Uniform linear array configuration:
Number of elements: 8
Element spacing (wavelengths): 0.5
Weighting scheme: binomial
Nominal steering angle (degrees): -15
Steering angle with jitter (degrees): -14.786
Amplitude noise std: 0.05
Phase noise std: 0.05

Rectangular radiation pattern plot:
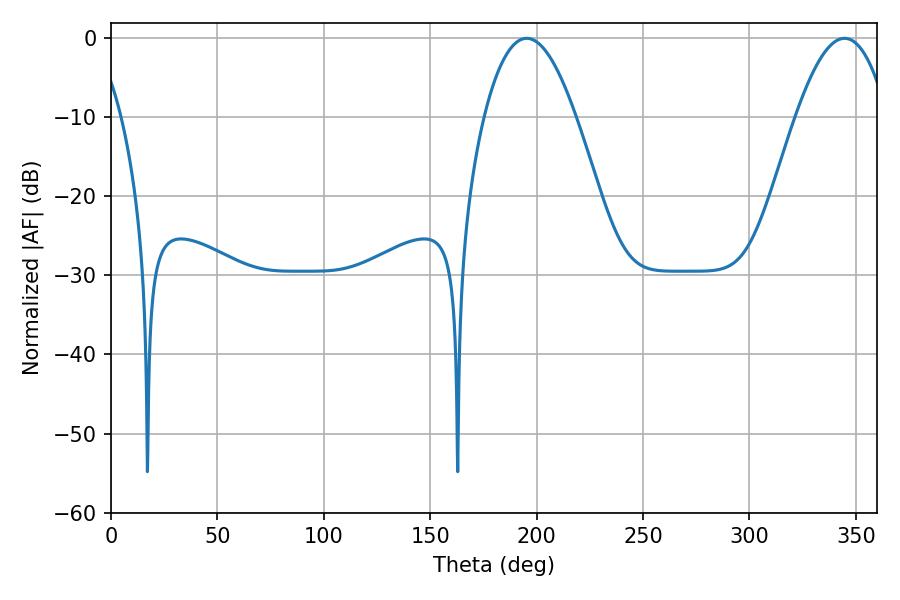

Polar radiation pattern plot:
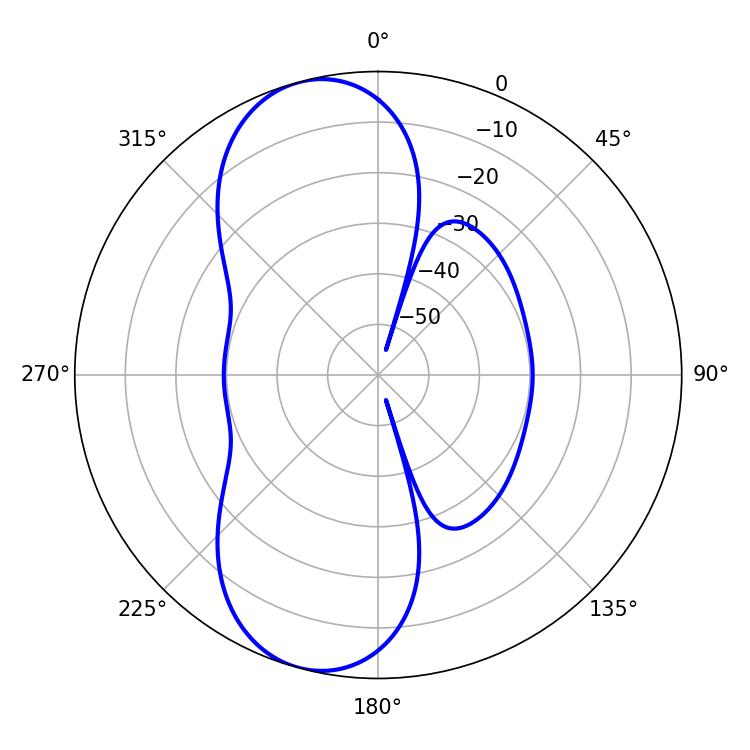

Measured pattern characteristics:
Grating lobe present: FALSE
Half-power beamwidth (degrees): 23.58
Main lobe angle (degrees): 195.3